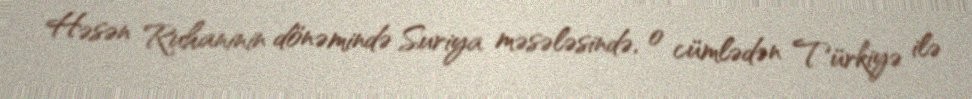
Həsən Ruhaninin dönəmində Suriya məsələsində, o cümlədən Türkiyə ilə